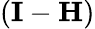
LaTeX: (\mathbf{I}-\mathbf{H})